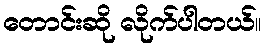
တောင်းဆို လိုက်ပါတယ်။